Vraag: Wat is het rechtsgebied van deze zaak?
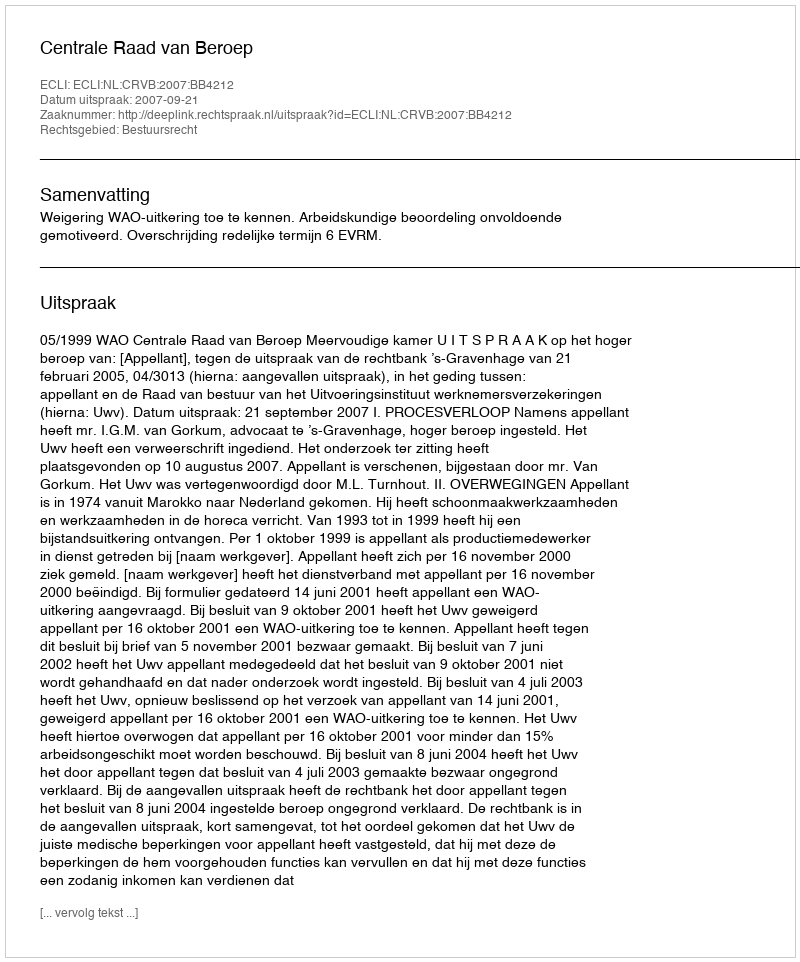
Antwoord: Bestuursrecht